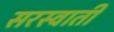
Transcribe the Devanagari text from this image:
सरस्वाती